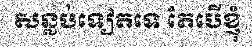
សន្លប់ទៀតទេ តែបើខ្ញុំ